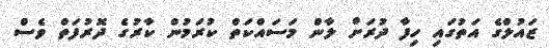
ޒައުލްގެ އަތުގައި ހިފާ ދުރަށް ލާން މަސައްކަތް ކުރަމުން ކާރުގެ ދޮރުފަތް ވެސް